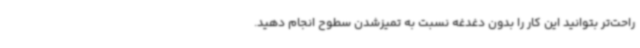
راحت‌تر بتوانید این کار را بدون دغدغه نسبت به تمیزشدن سطوح انجام دهید.